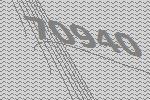
70940